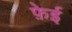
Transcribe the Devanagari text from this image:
फ़ेई